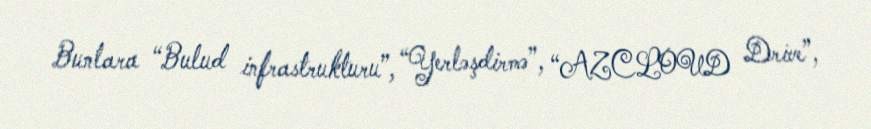
Bunlara “Bulud infrastrukturu”, “Yerləşdirmə”, “AZCLOUD Drive”,